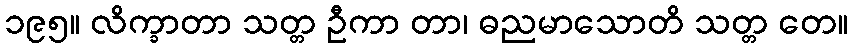
၁၉၅။ လိက္ခာတာ သတ္တ ဦကာ တာ၊ ဓညမာသောတိ သတ္တ တေ။